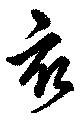
亥